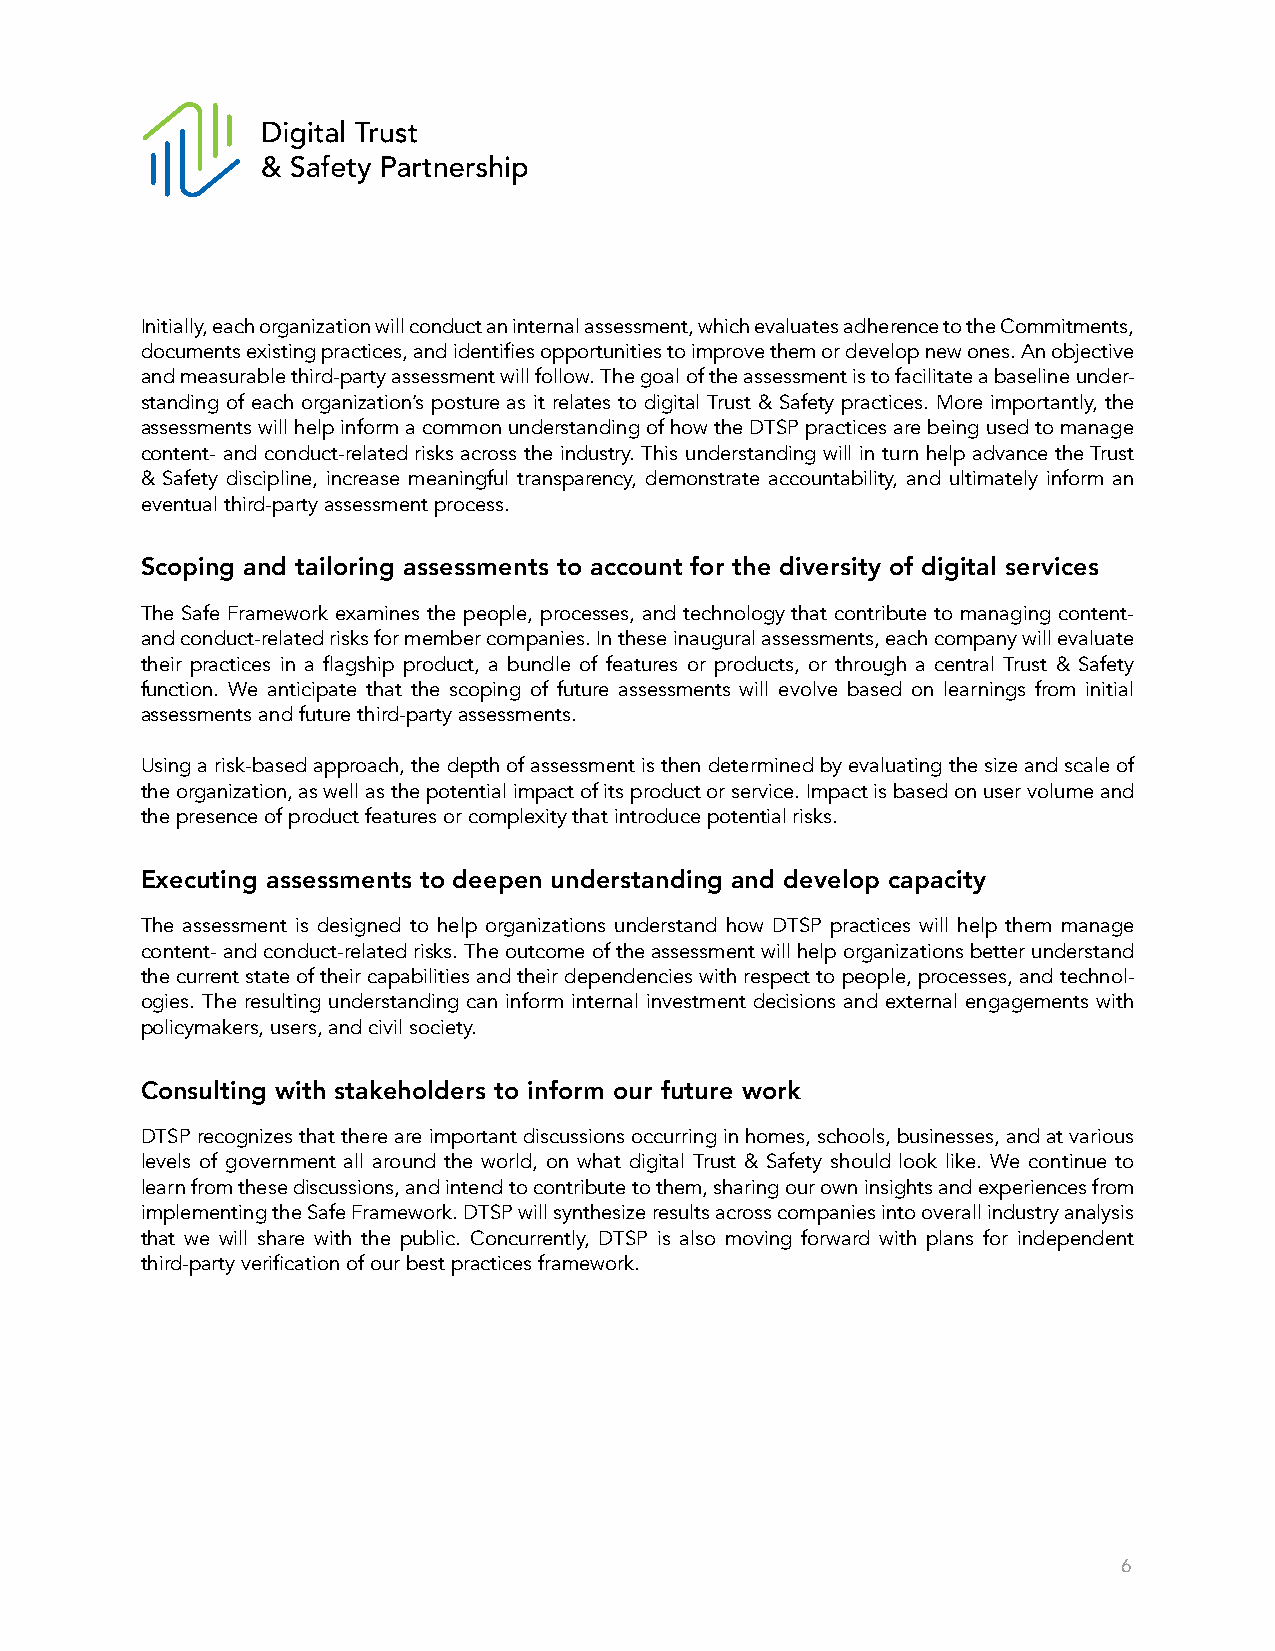
Initially, each organization will conduct an internal assessment, which evaluates adherence to the Commitments,
 documents existing practices, and identifies opportunities to improve them or develop new ones. An objective
 and measurable third-party assessment will follow. The goal of the assessment is to facilitate a baseline under-
 standing of each organization’s posture as it relates to digital Trust & Safety practices. More importantly, the
 assessments will help inform a common understanding of how the DTSP practices are being used to manage
 content- and conduct-related risks across the industry. This understanding will in turn help advance the Trust
 & Safety discipline, increase meaningful transparency, demonstrate accountability, and ultimately inform an
 eventual third-party assessment process.
 Scoping and tailoring assessments to account for the diversity of digital services
 The Safe Framework examines the people, processes, and technology that contribute to managing content-
 and conduct-related risks for member companies. In these inaugural assessments, each company will evaluate
 their practices in a flagship product, a bundle of features or products, or through a central Trust & Safety
 function. We anticipate that the scoping of future assessments will evolve based on learnings from initial
 assessments and future third-party assessments.
 Using a risk-based approach, the depth of assessment is then determined by evaluating the size and scale of
 the organization, as well as the potential impact of its product or service. Impact is based on user volume and
 the presence of product features or complexity that introduce potential risks.
 Executing assessments to deepen understanding and develop capacity
 The assessment is designed to help organizations understand how DTSP practices will help them manage
 content- and conduct-related risks. The outcome of the assessment will help organizations better understand
 the current state of their capabilities and their dependencies with respect to people, processes, and technol-
 ogies. The resulting understanding can inform internal investment decisions and external engagements with
 policymakers, users, and civil society.
 Consulting with stakeholders to inform our future work
 DTSP recognizes that there are important discussions occurring in homes, schools, businesses, and at various
 levels of government all around the world, on what digital Trust & Safety should look like. We continue to
 learn from these discussions, and intend to contribute to them, sharing our own insights and experiences from
 implementing the Safe Framework. DTSP will synthesize results across companies into overall industry analysis
 that we will share with the public. Concurrently, DTSP is also moving forward with plans for independent
 third-party verification of our best practices framework.
 6